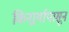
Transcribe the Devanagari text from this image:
किनार्र्यापासून